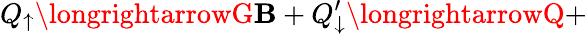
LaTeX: Q_{\uparrow}\longrightarrowG\mathbf{B}+Q_{\downarrow}^{\prime}\longrightarrowQ+